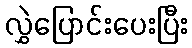
လွှဲပြောင်းပေးပြီး